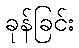
ခုန်ခြင်း